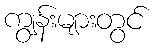
ကျွန်းများတွင်